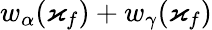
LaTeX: w_{\alpha}(\varkappa_{f})+w_{\gamma}(\varkappa_{f})